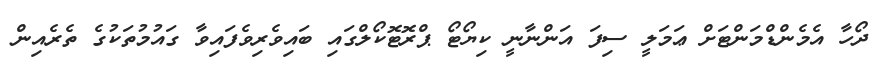
ދޯހާ އެމެންޑްމަންޓަށް ޢަމަލީ ސިފަ އަންނާނީ ކިޔޯޓޯ ޕްރޮޓޮކޯލްގައި ބައިވެރިވެފައިވާ ގައުމުތަކުގެ ތެރެއިން